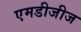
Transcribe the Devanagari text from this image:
एमडीजीज